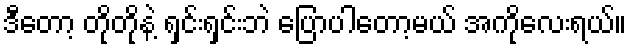
ဒီတော့ တိုတိုနဲ့ ရှင်းရှင်းဘဲ ပြောပါတော့မယ် အကိုလေးရယ်။